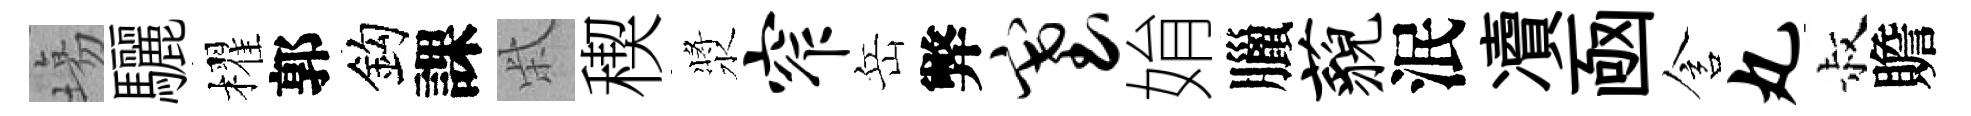
塲驪櫂郭鈎課柴稧漿窄岳弊塞姢臘藐泯凟凾含丸叔贍